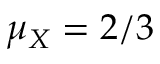
\mu _ { X } = 2 / 3